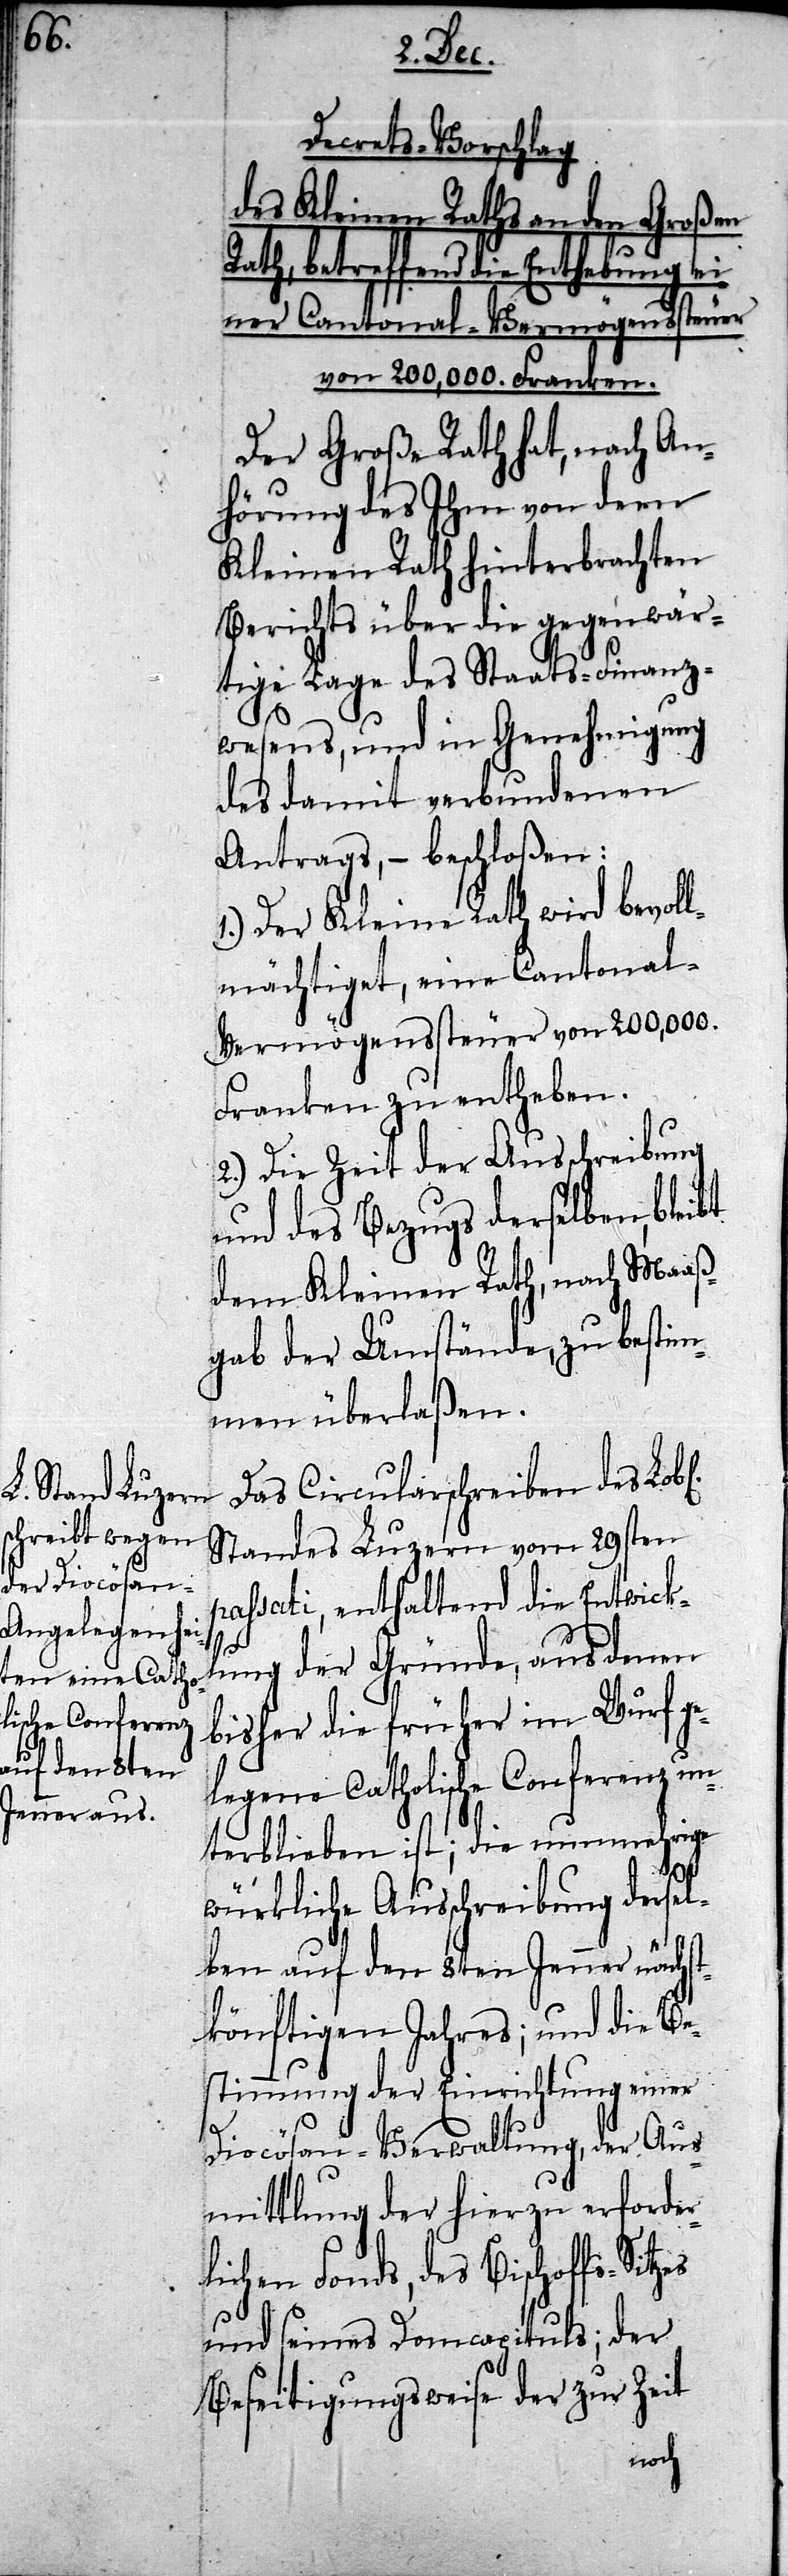
Decrets-Vorschlag
des Kleinen Raths an den Großen
Rath, betreffend die Enthebung
zes
ner Cantonal-Vermögenssteuer
von 200,000. Franken.
Der Große Rath hat, nach An¬
hörung des Ihm von dem
Kleinen Rath hinterbrachten
Berichts über die gegenwär¬
tige Lage des Staats-Finanz¬
gung
wesens, und in Geneh¬
p¬
des damit verbundenen
Antrags, – beschloßen:
Der Kleine Rath wird bevol¬
lmächtiget, eine Cantonal-V¬
ermögenssteuer von 200,000.
Franken zu entheben.
2.) Die Zeit der Ausschreibung
und des Bezugs derselben, bleibt
dem Kleinen Rath, nach Maaß¬
gab der Umstände, zu bestim¬
men überlaßen.
Das Circularschreiben des Lobl.
Standes Luzern vom 29sten
assati, enthaltend die Entwick¬
lung der Gründe, aus denen
bisher die früher im Wurf ge¬
legene Catholische Conferenz un¬
terblieben ist; die nunmehrige
würkliche Ausschreibung dersel¬
ben auf den 8ten Jenner nächst¬
könftigen Jahres; und die Be¬
stimmung der Einrichtung einer
Diocösan-Verwaltung, der Aus¬
mittlung der hierzu erforder¬
lichen Fonds, des Bischoffs-Sit¬
und seines Domcapituls; der
Beseitigungsweise der zur Zeit